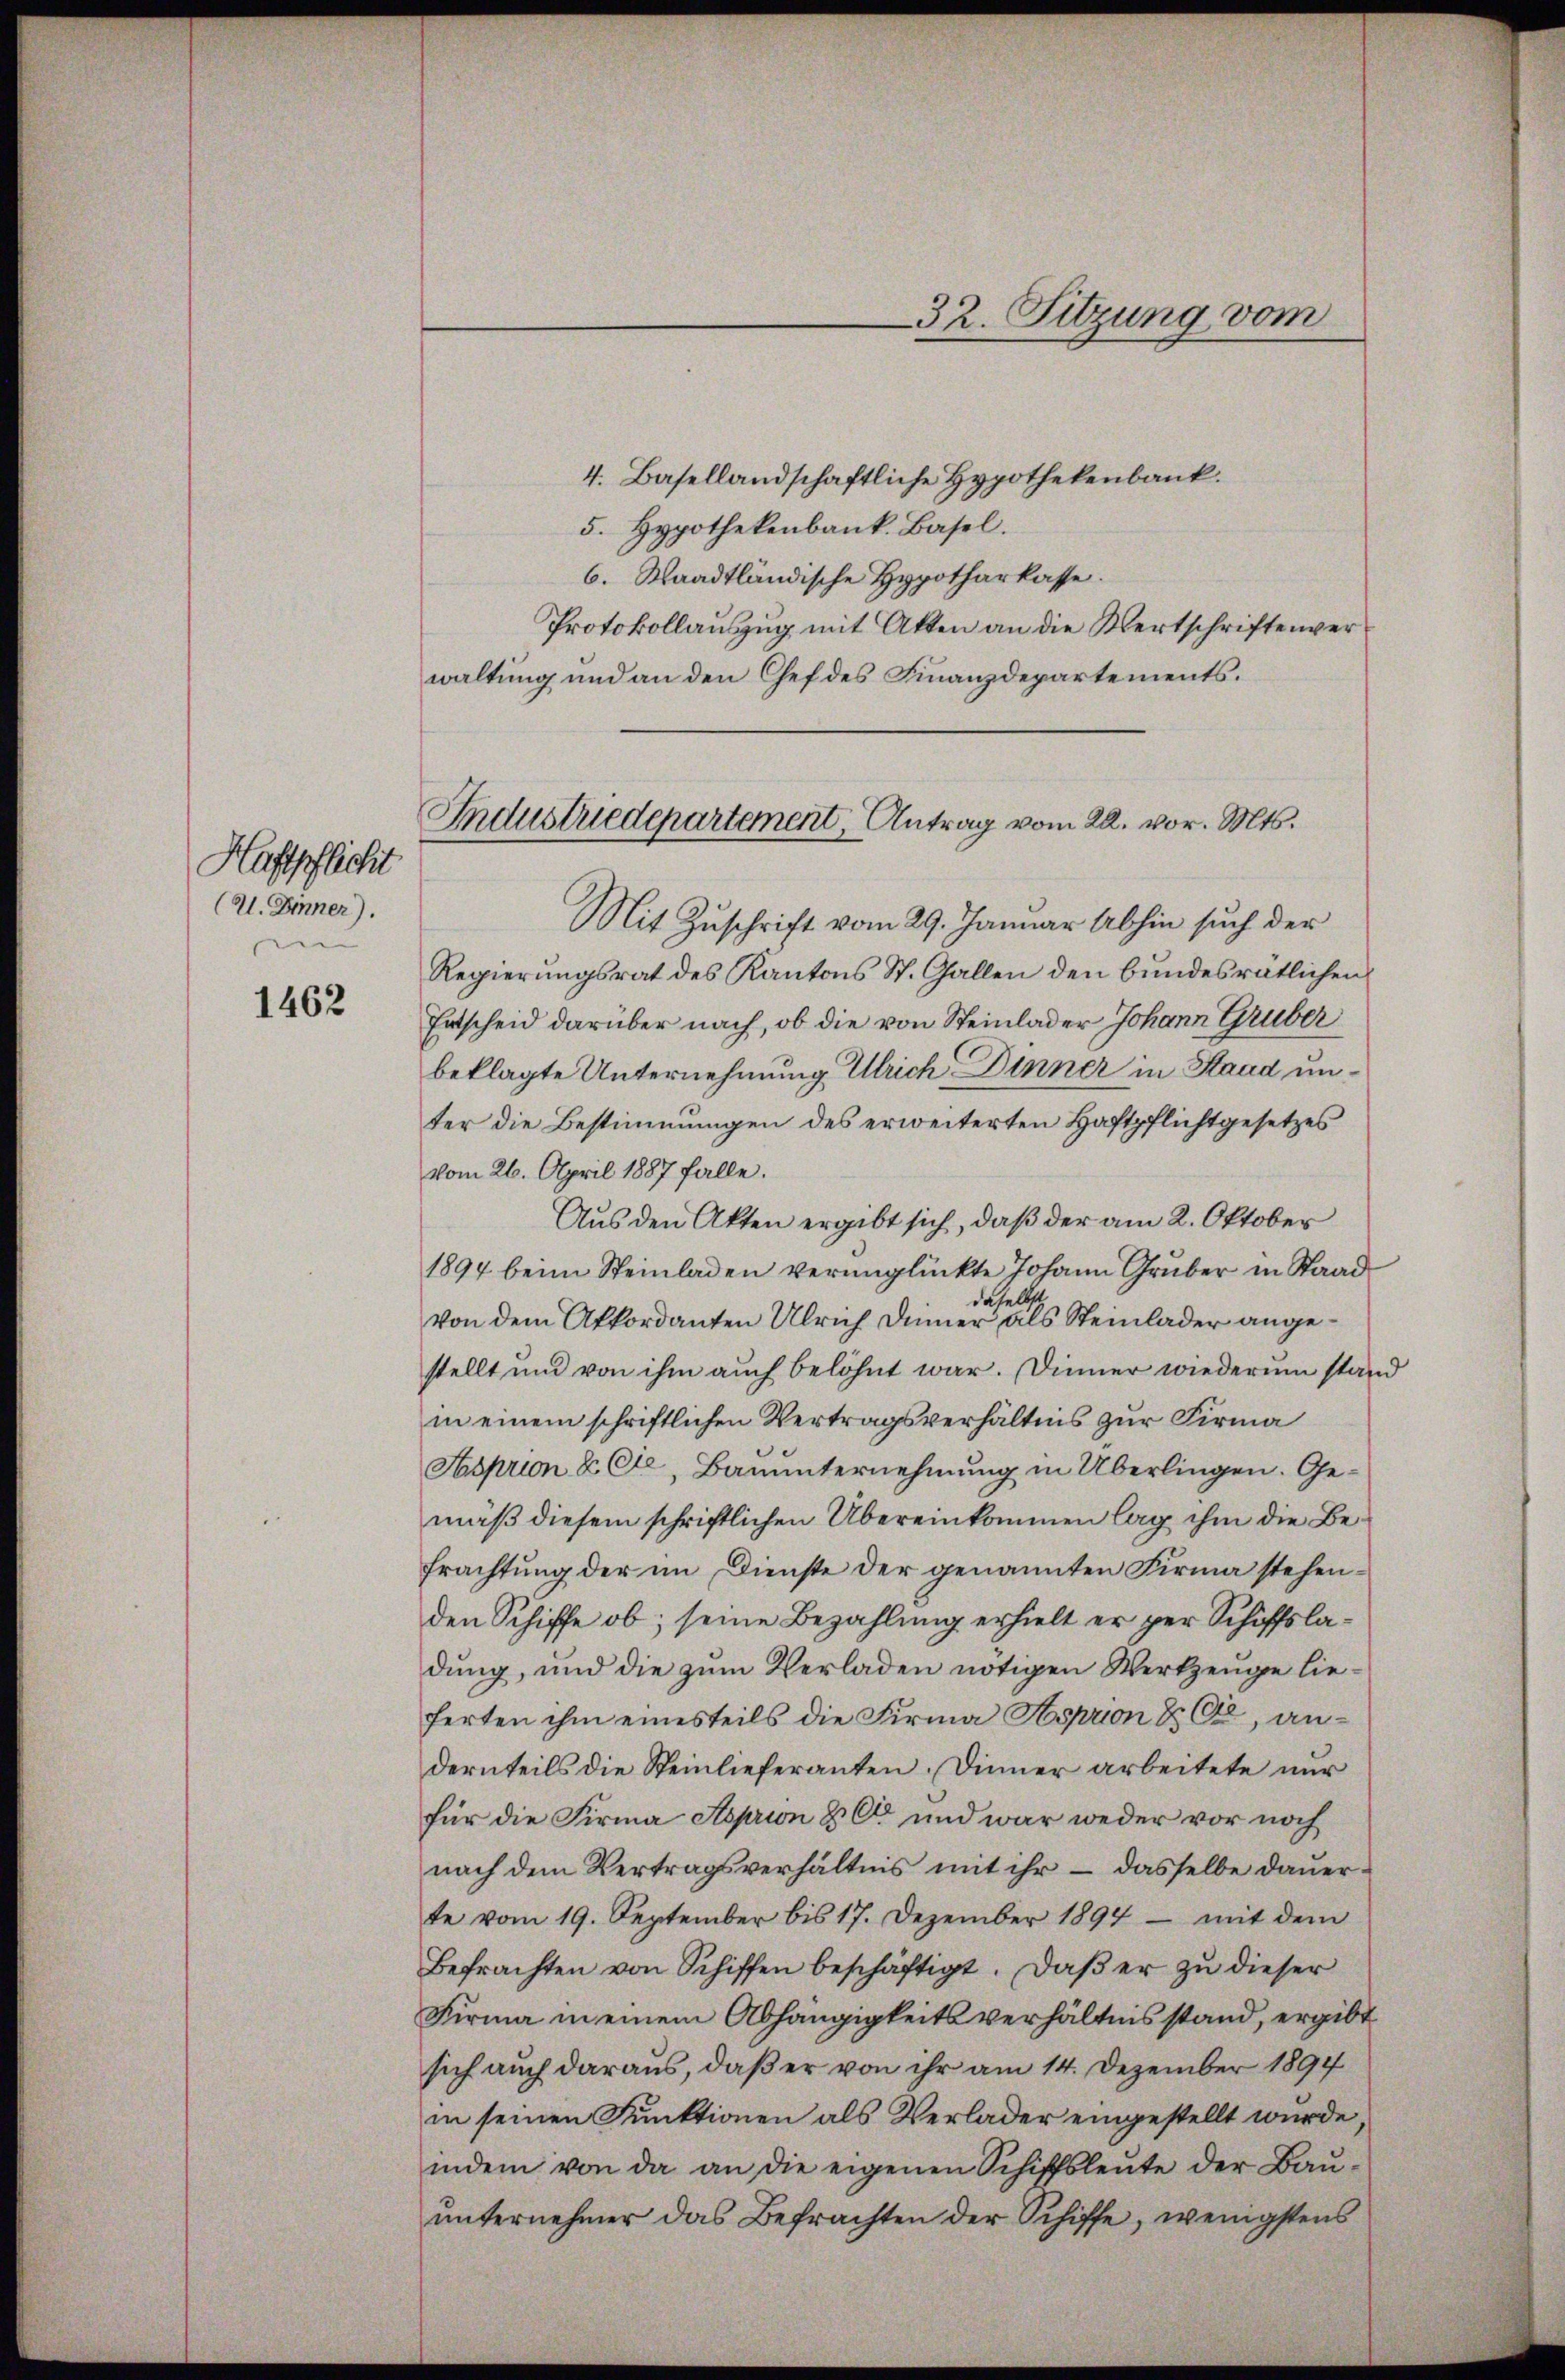
1462

Haftpflicht
(U. Inner).

Industriedepartement, Antrag vom 22. vor. Mts.

32. Sitzung vom

4. Basellandschaftliche Hypothekenbank.
5. Hypothekenbank. Basel.
6. Waadtländische Hypotharkasse.
Protokollauszug mit Akten an die Wertschriftenverwaltung und an den Chef des Finanzdepartements.
Mit Zuschrift vom 29. Januar Abhin such der
Regierungsrat des Kantons St. Gallen den bundesrätlichen
Entscheid darüber nach, ob die von Steinlader Johann Gruber
beklagte Unternehmung Ulrich Dinner in Staad unter die Bestimmungen des erweiterten Haftpflichtgesetzes
vom 26. April 1887 falle.
Aus den Akten ergibt sich, daß der am 2. Oktober
1894 beim Steinladen verunglückte Johann Gruber in Staad
daselbe
von dem Akkordanten Ulrich Dinner als Steinlader angestellt und von ihm auch belohnt war. Diener wiederum stand
in einem schriftlichen Vertragsverhältnis zur Firma
Asprion & Cie, Bauunternehmung in Überlingen. Gemäß diesem schriftlichen Übereinkommen lag ihm die Befrachtung der im Dienste der genannten Firma stehenden Schiffe ob, seine Bezahlung erhielt er per Schiffsladung, und die zum Verladen nötigen Werkzeuge lieferten ihm einesteils die Firma Hoprion & Cie, andernteils die Steinlieferanten. Diener arbeitete nur
für die Firma Asprion & Cie und war weder vor noch
nach dem Vertragsverhältnis mit ihr – dasselbe dauerte vom 19. September bis 17. Dezember 1894 - mit dem
Befrachten von Schiffen beschäftigt. Daβ er zŭ dieser
Firma in einem Abhängigkeitsverhältnis stand, ergibt
sich auch daraus, daß er von ihr am 14. Dezember 1894
in seinen Funktionen als Verlader eingestellt wurde
indem von da an die eigenen Schiffsleŭte der Baŭ-
unternehmer das Befrachten der Schiffe, wenigstens